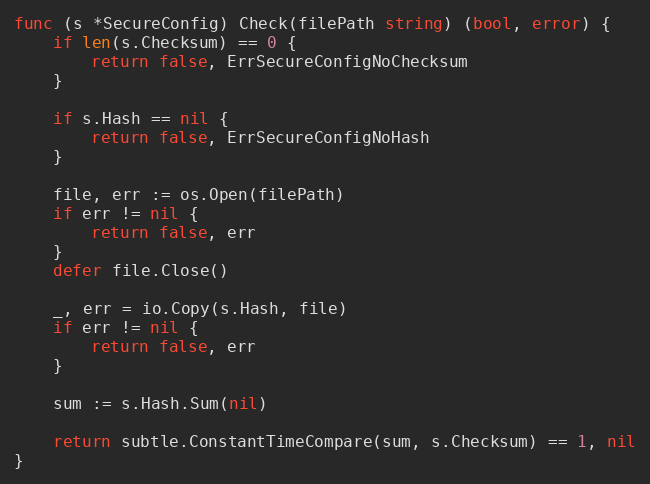
Language: Go
func (s *SecureConfig) Check(filePath string) (bool, error) {
	if len(s.Checksum) == 0 {
		return false, ErrSecureConfigNoChecksum
	}

	if s.Hash == nil {
		return false, ErrSecureConfigNoHash
	}

	file, err := os.Open(filePath)
	if err != nil {
		return false, err
	}
	defer file.Close()

	_, err = io.Copy(s.Hash, file)
	if err != nil {
		return false, err
	}

	sum := s.Hash.Sum(nil)

	return subtle.ConstantTimeCompare(sum, s.Checksum) == 1, nil
}